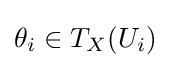
\theta _{i}\in T_{X}(U_{i})